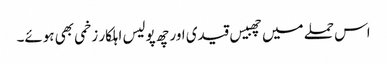
اس حملے میں چھبیس قیدی اور چھ پولیس اہلکار زخمی بھی ہوئے۔